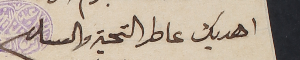
اهديك عاطر التحية والسلام